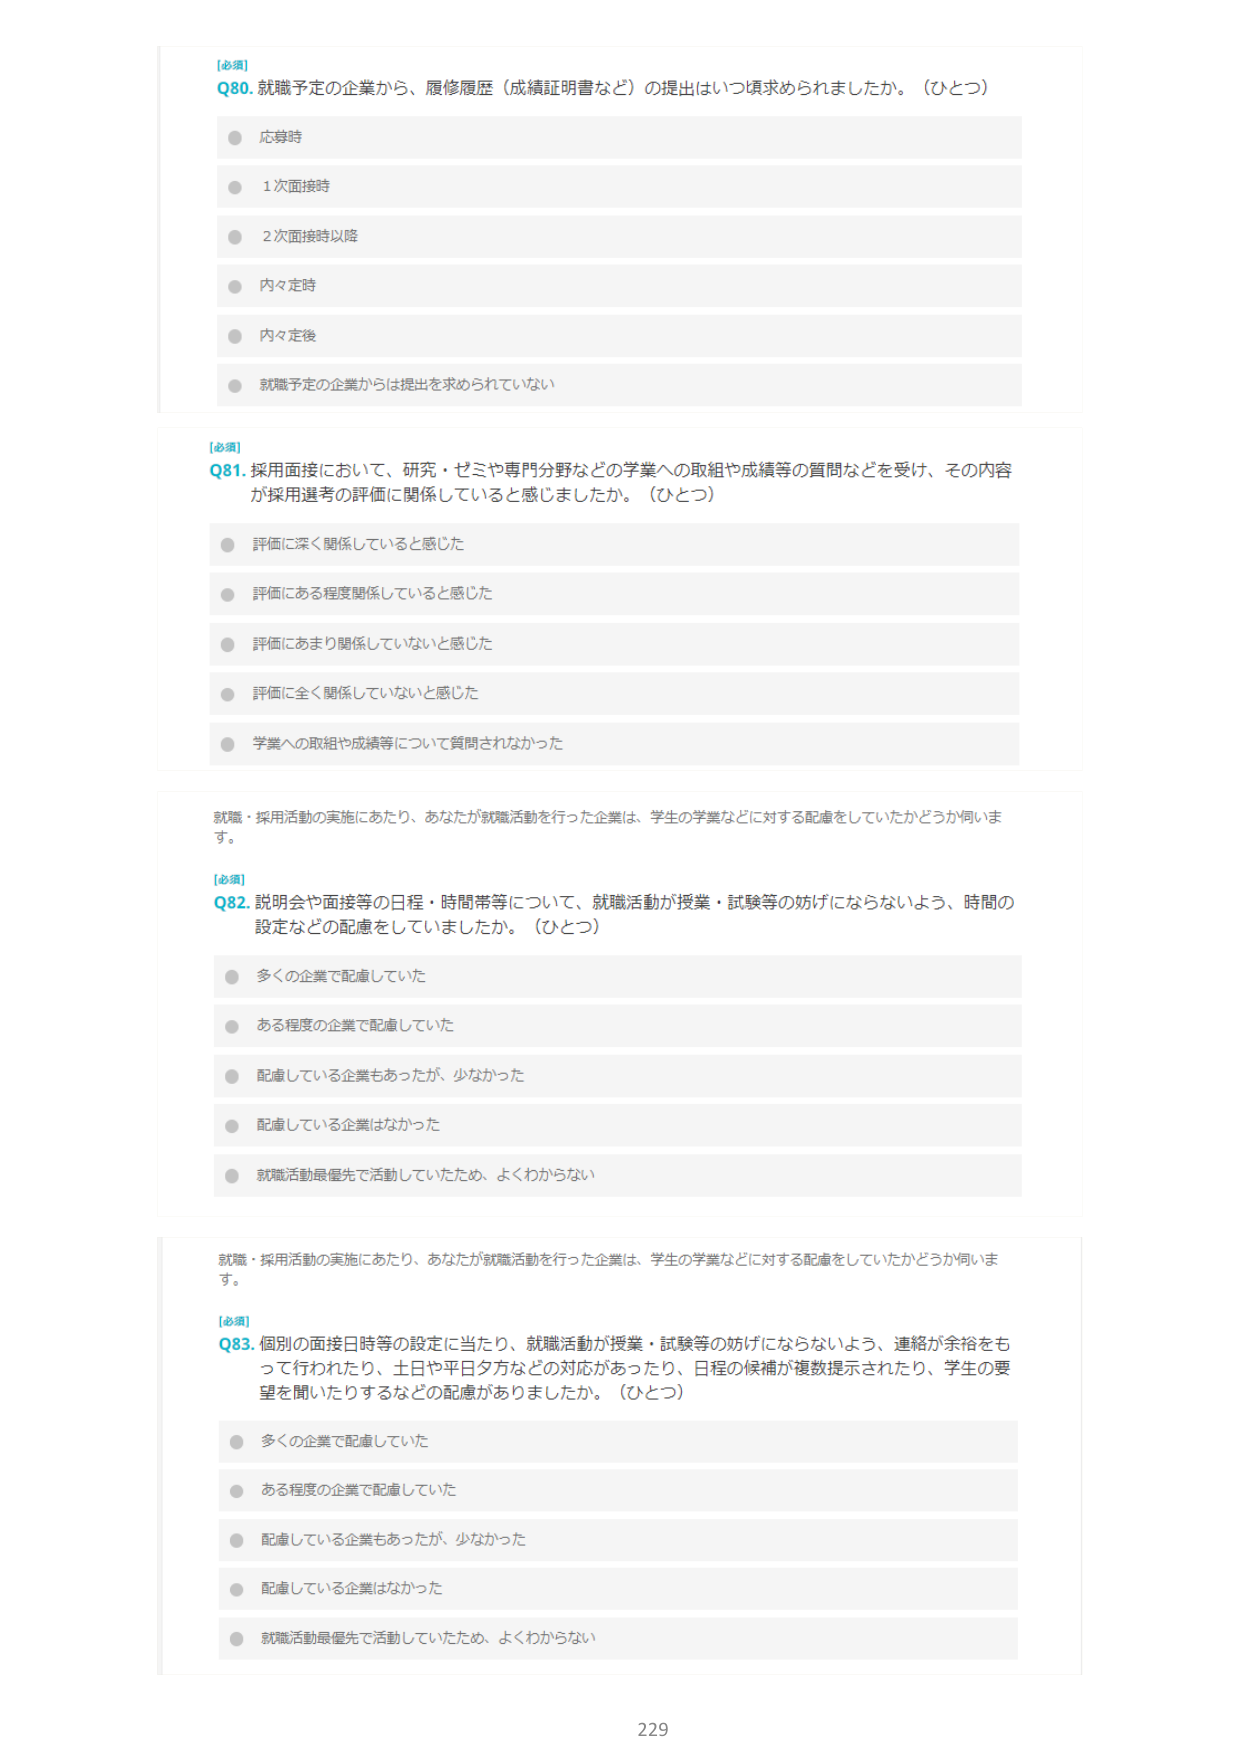
[必須]
Q80. 就職予定の企業から、履修履歴（成績証明書など）の提出はいつ頃求められましたか。（ひとつ）
● 応募時
● 1次面接時
● 2次面接時以降
● 内々定時
● 内々定後
● 就職予定の企業からは提出を求められていない

[必須]
Q81. 採用面接において、研究・ゼミや専門分野などの学業への取組や成績等の質問などを受け、その内容が採用選考の評価に関係していると感じましたか。（ひとつ）
● 評価に深く関係していると感じた
● 評価にある程度関係していると感じた
● 評価にあまり関係していないと感じた
● 評価に全く関係していないと感じた
● 学業への取組や成績等について質問されなかった

就職・採用活動の実施にあたり、あなたが就職活動を行った企業は、学生の学業などに対する配慮をしていたかどうか伺います。

[必須]
Q82. 説明会や面接等の日程・時間帯等について、就職活動が授業・試験等の妨げにならないよう、時間の設定などの配慮をしていましたか。（ひとつ）
● 多くの企業で配慮していた
● ある程度の企業で配慮していた
● 配慮している企業もあったが、少なかった
● 配慮している企業はなかった
● 就職活動最優先で活動していたため、よくわからない

就職・採用活動の実施にあたり、あなたが就職活動を行った企業は、学生の学業などに対する配慮をしていたかどうか伺います。

[必須]
Q83. 個別の面接日時等の設定に当たり、就職活動が授業・試験等の妨げにならないよう、連絡が余裕をもって行われたり、土日や平日夕方などの対応があったり、日程の候補が複数提示されたり、学生の要望を聞いたりするなどの配慮がありましたか。（ひとつ）
● 多くの企業で配慮していた
● ある程度の企業で配慮していた
● 配慮している企業もあったが、少なかった
● 配慮している企業はなかった
● 就職活動最優先で活動していたため、よくわからない

229